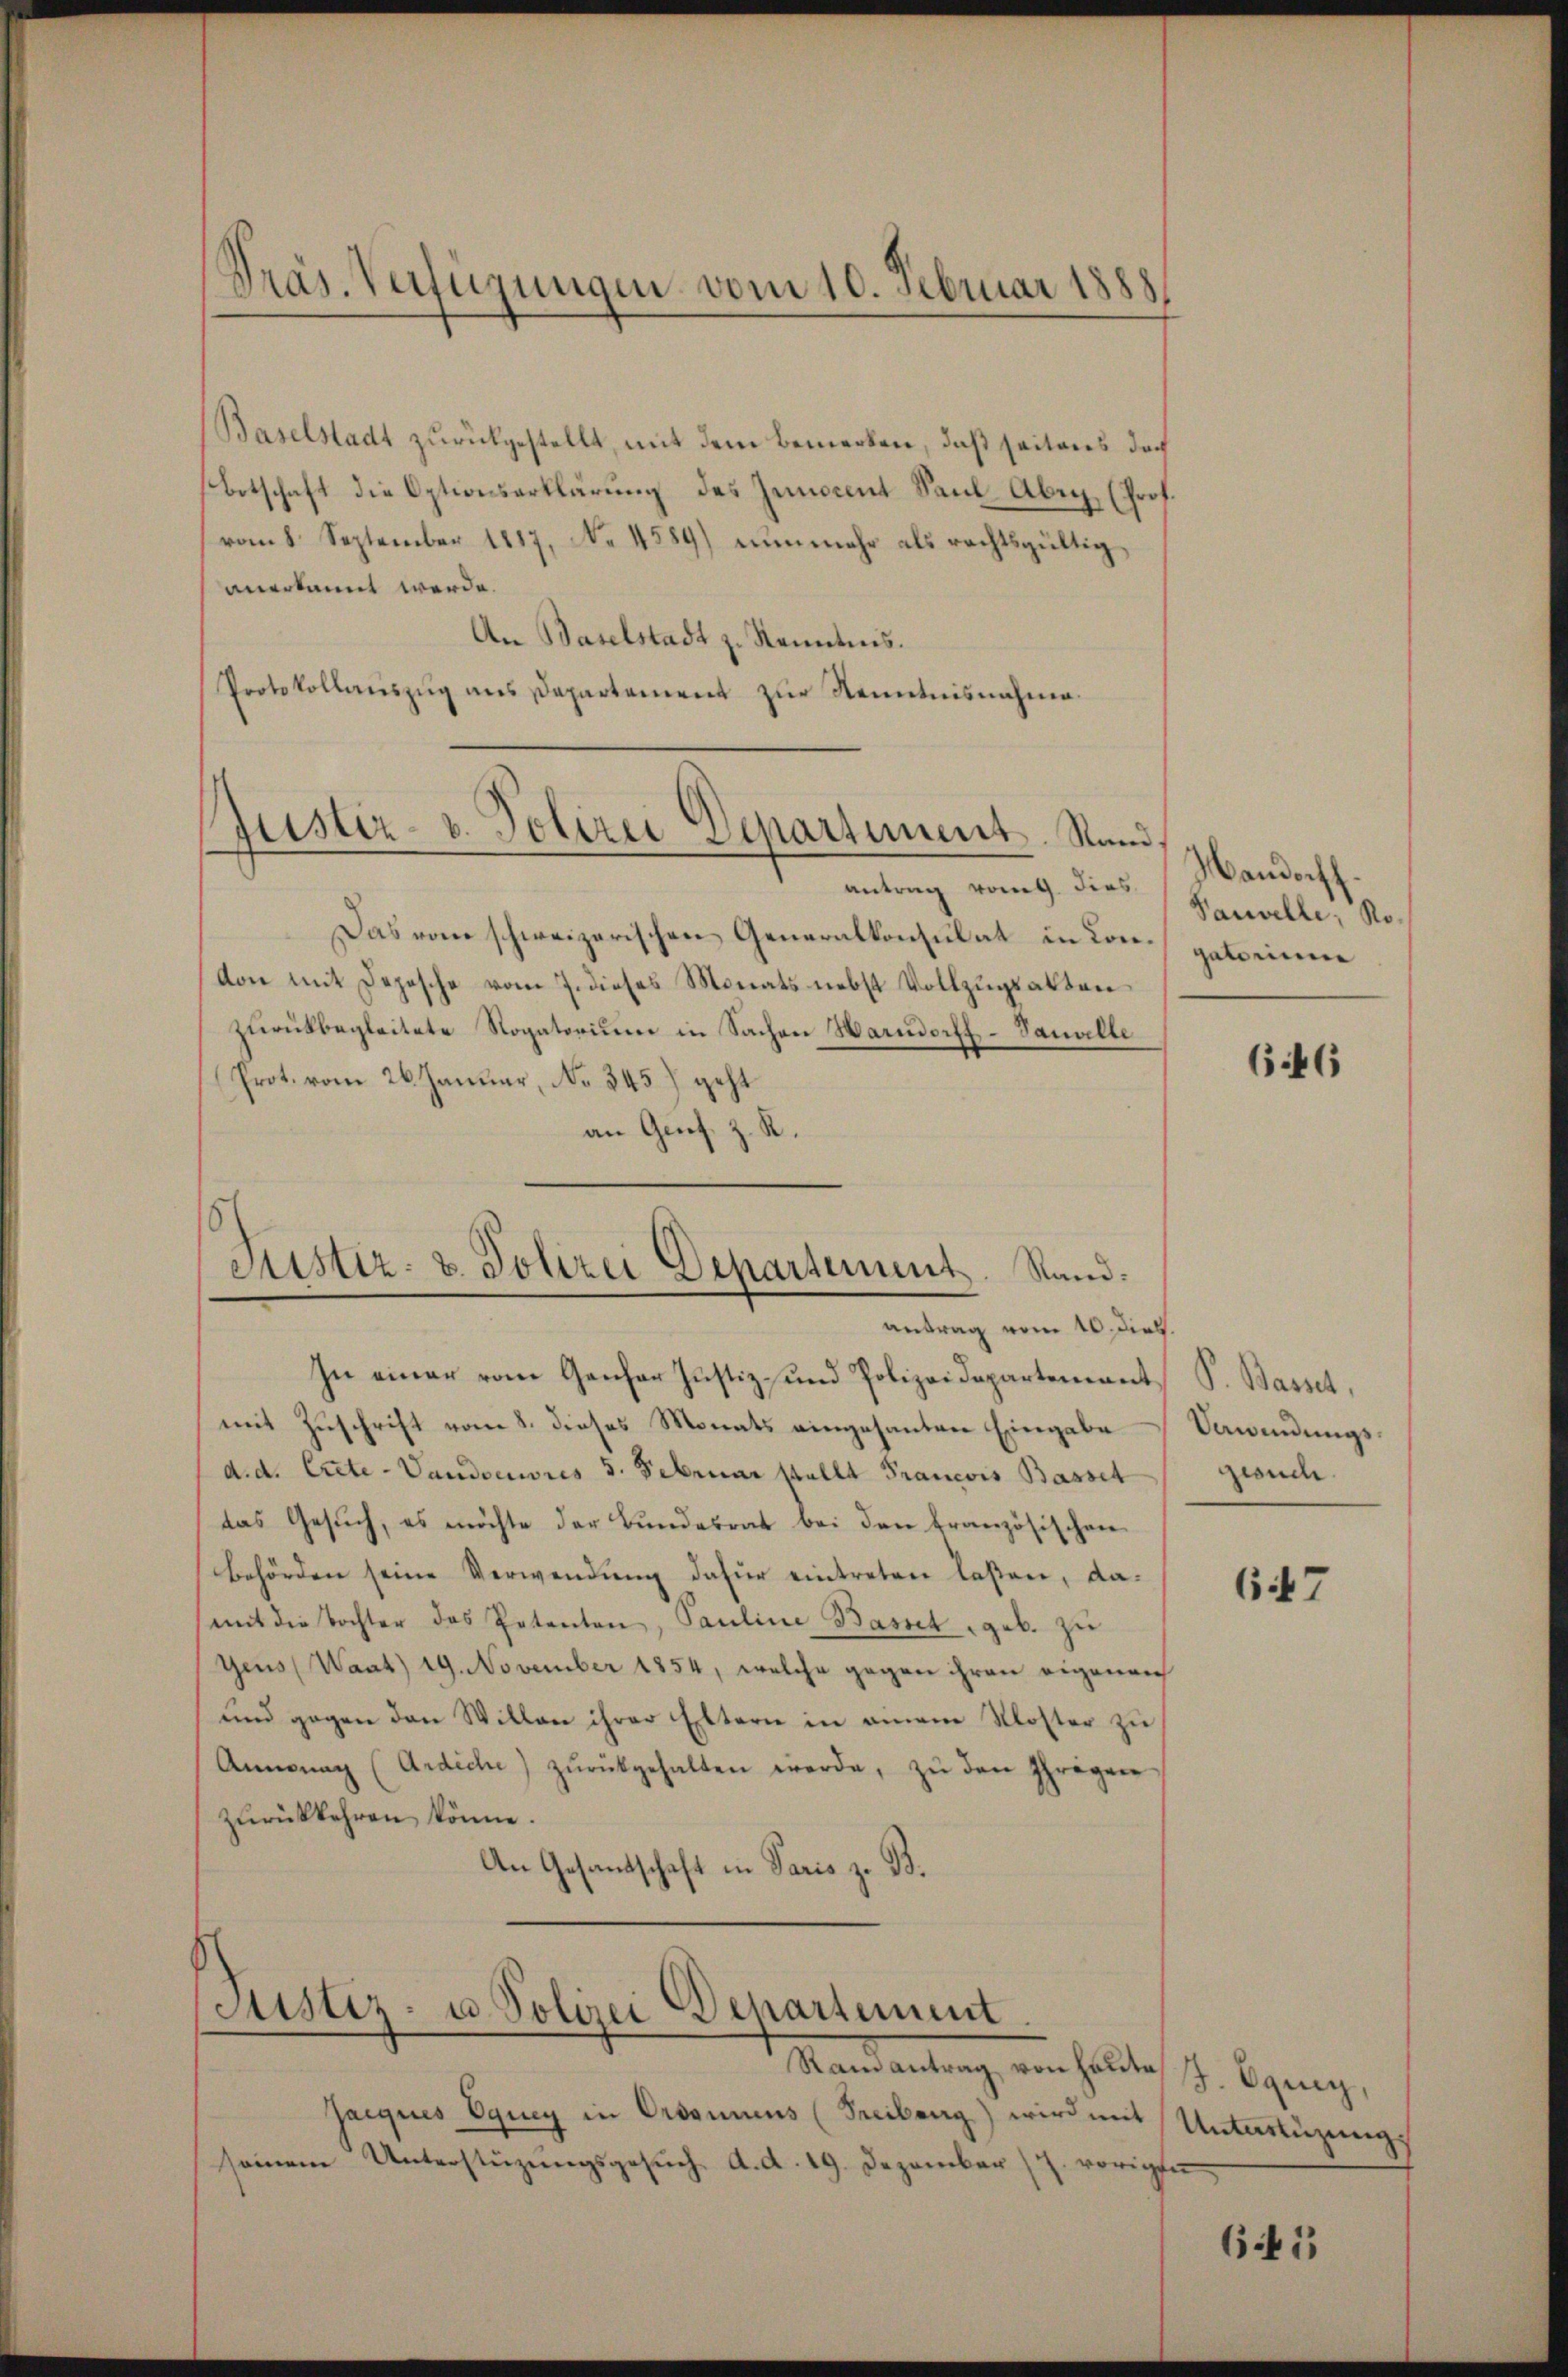
Präs. Verfügungen vom 10. Februar 1888.

Baselstadt zurückgestellt, mit dem bemerken, daß seitens doch
botschaft die Optionserklärung des Innocent Saul Abeg, (Prof.
vom 8. September 1817, No 4589) nunmehr als rechtsgültig,
anerkannt werde.
An Baselstadt z. Kenntnis.
Protokollauszug aus Departement zur Kenntnisnahme.

Justiz- u. Polizei Departement. Stand.

16
Justiz- & Polizei Departement. Sand¬

antrag von dies
Das vom schweizerischen Generalkonsulat in Con-gatorinne
von mit Depesche vom 7. dieses Monats nebst Vollzugsakten
zurückbegleitete Rogatorium in Sachen Harndorff-Sanalle
Prot. vom 26. Januar, No 345) geht
an Genf. Z
R.
antrag vom 10. dies.
In einer vom Genfer Justiz- und Polizeidepartement
mit Zuschrift vom 8. dieses Monats eingesanten Eingabe
d. d. Crete - Vaudoeuvres 5. Februar stellt Francois Basset
das Gesuch, es möchte der Bundesrat bei den französischen
behörden seine Verwendung dafür eintreten laßen, damit die Tochter des Petenten, Pauline Basset geb. zu
geus (Waat) 19. November 1854, welche gegen ihren eigenan
und gegen den Willen ihrer Eltern in einem Kloster zu
Anŭng (Ardiche) zŭrückgehalten werde, zŭ den Ihrigen
zŭrückkehren könne.
An Gesandtschaft in Paris z. B.

Justiz- u. Polizei Departement

Ramantrag von heute J. Ogney,
Jacques Equey in Ordonnens (Freiburg) wird mit Unterstüzung
seinem Unterstüzungsgesŭch d. d. 19. Dezember 17. vorigen

Mandorff.
Sanville, Ro¬

646

P. Basset,
Unindungsgesuch

647

641